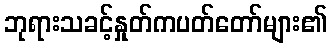
ဘုရားသခင့်နှုတ်ကပတ်တော်များ၏